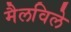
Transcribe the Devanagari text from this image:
मैलविले